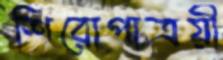
শিরোপাত্রয়ী